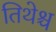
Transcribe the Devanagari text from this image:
तिथेश्च